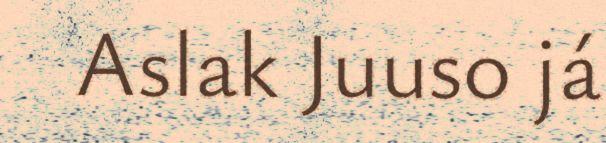
Aslak Juuso já